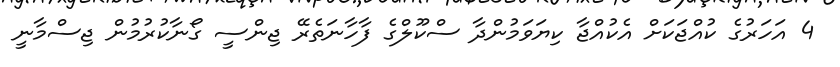
4 އަހަރުގެ ކުއްޖަކަށް އެކުއްޖާ ކިޔަވަމުންދާ ސްކޫލްގެ ފާހާނަތެރޭ ޖިންސީ ގޯނާކުރުމުން ޖިސްމާނީ